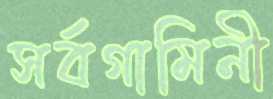
সর্বগামিনী